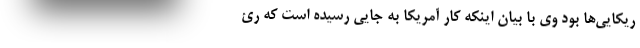
ریکایی‌ها بود وی با بیان اینکه کار آمریکا به جایی رسیده است که رئ